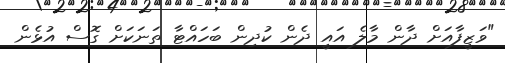
"ވަޒީފާއަށް ދާން މާލެ އައީ ދެން ކުދިން ބަހައްޓާ ތަނަކަށް ގޮސް އުޅެން